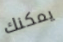
يمكنك